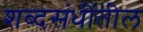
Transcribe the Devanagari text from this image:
शब्दसंधींतील